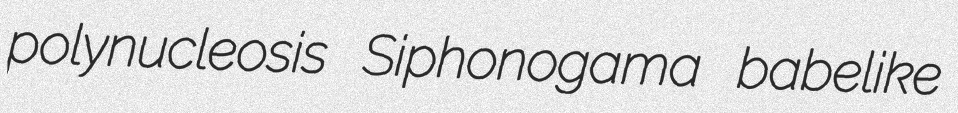
polynucleosis Siphonogama babelike